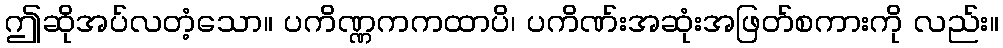
ဤဆိုအပ်လတံ့သော။ ပကိဏ္ဏကကထာပိ၊ ပကိဏ်းအဆုံးအဖြတ်စကားကို လည်း။